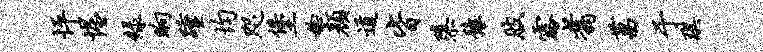
怦惺绿晌踵均咫堡稔颜道皆隳豫肢露翥菖于琪